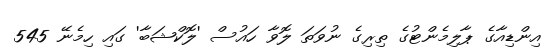
އިންޑިއާގެ ޕާލިމެންޓުގެ ތިރިގެ ނުވަތަ ލޮވާ ހައުސް 'ލޮކްޝަބާ' ގައި ހިމެނޭ 545